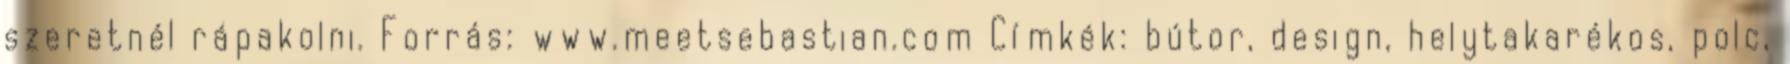
szeretnél rápakolni. Forrás: www.meetsebastian.com Címkék: bútor, design, helytakarékos, polc,